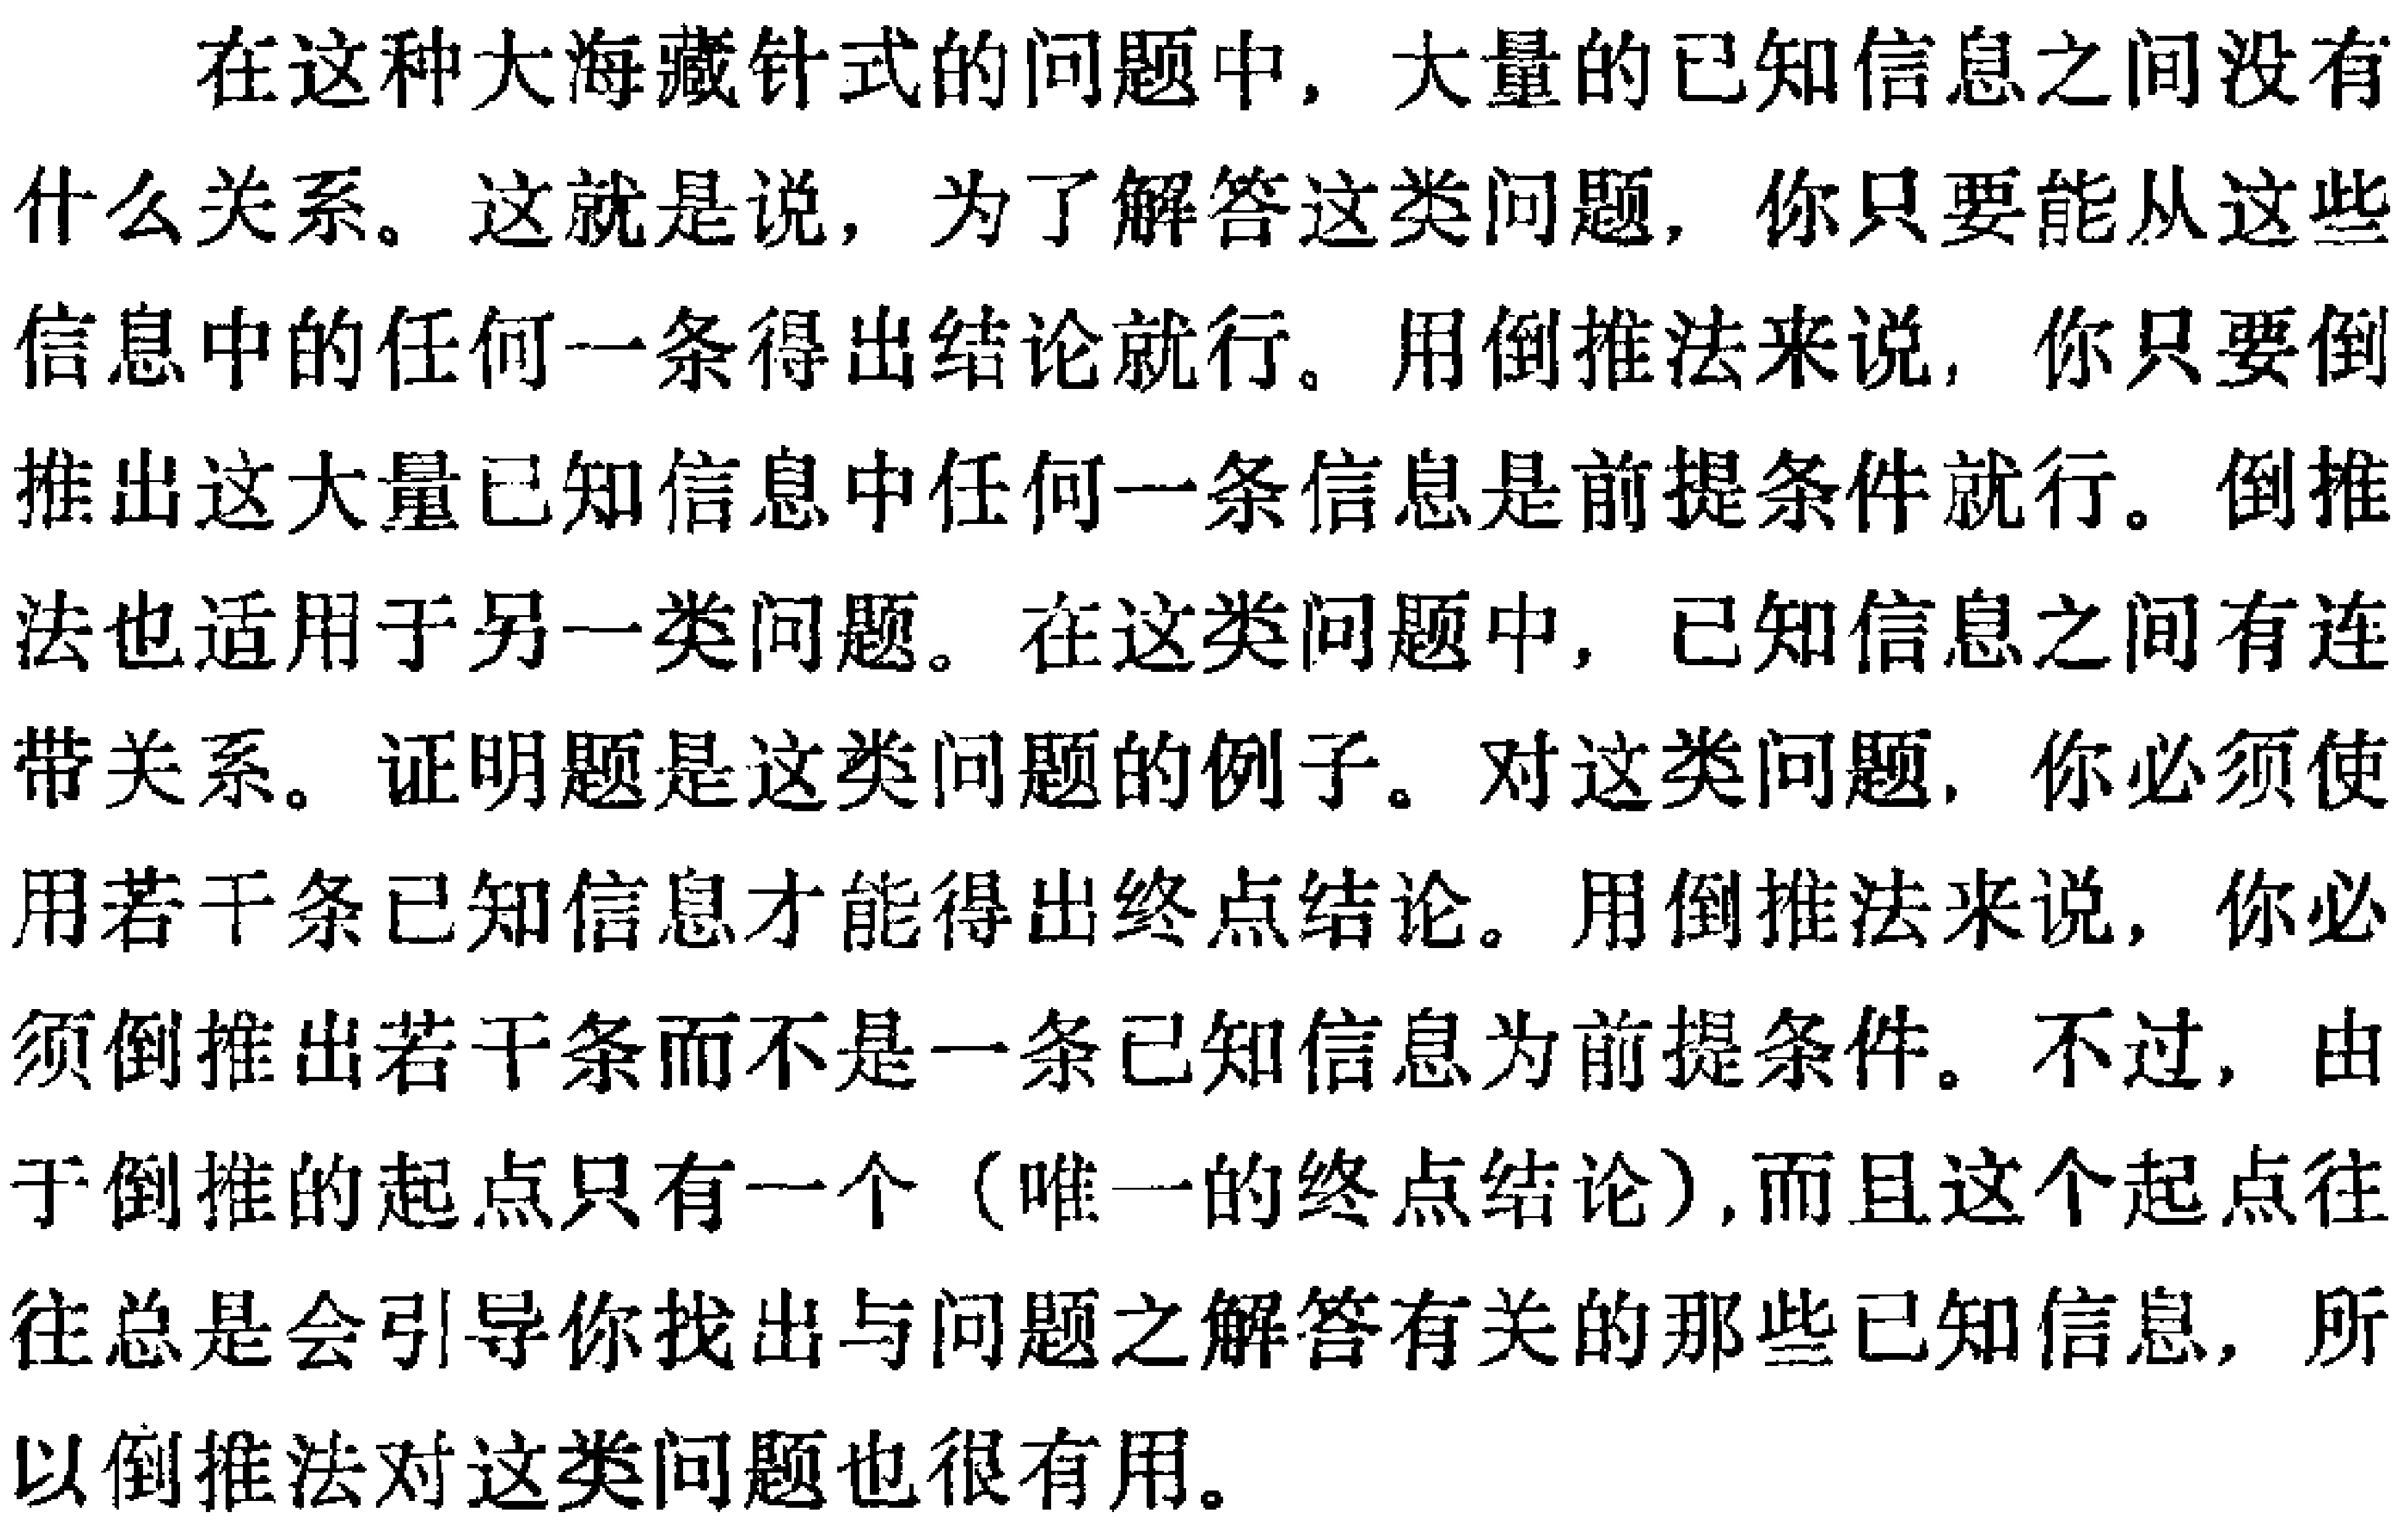
在这种大海藏针式的问题中，大量的已知信息之间没有什么关系。这就是说，为了解答这类问题，你只要能从这些信息中的任何一条得出结论就行。用倒推法来说，你只要倒推出这大量已知信息中任何一条信息是前提条件就行。倒推法也适用于另一类问题。在这类问题中，已知信息之间有连带关系。证明题是这类问题的例子。对这类问题，你必须使用若干条已知信息才能得出终点结论。用倒推法来说，你必须倒推出若干条而不是一条已知信息为前提条件。不过，由于倒推的起点只有一个（唯一的终点结论），而且这个起点往往总是会引导你找出与问题之解答有关的那些已知信息，所以倒推法对这类问题也很有用。